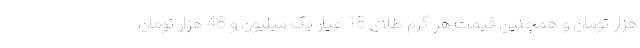
هزار تومان و همچنین قیمت هر گرم طلای 18 عیار یک میلیون و 48 هزار تومان